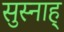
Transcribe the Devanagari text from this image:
सुस्नाह्